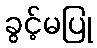
ခွင့်မပြု